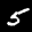
Label: 5